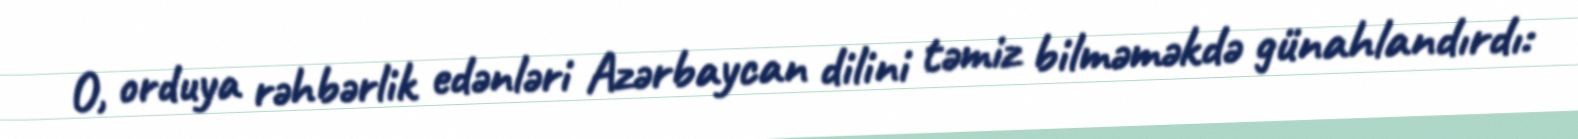
O, orduya rəhbərlik edənləri Azərbaycan dilini təmiz bilməməkdə günahlandırdı: